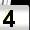
Digit: 4